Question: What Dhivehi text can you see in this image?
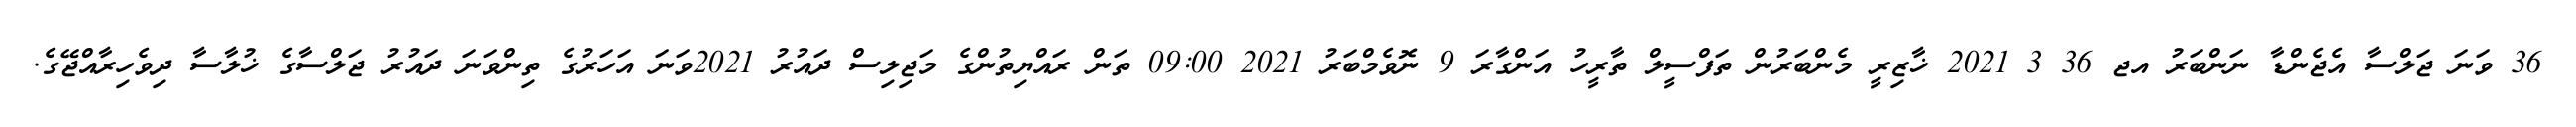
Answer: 36 ވަނަ ޖަލްސާ އެޖެންޑާ ނަންބަރު އޖ 36 3 2021 ޚާޒިރީ މެންބަރުން ތަފްސީލް ތާރީހު އަންގާރަ 9 ނޮވެމްބަރު 2021 09:00 ތަން ރައްޔިތުންގެ މަޖިލިސް ދައުރު 2021ވަނަ އަހަރުގެ ތިންވަނަ ދައުރު ޖަލްސާގެ ޚުލާސާ ދިވެހިރާއްޖޭގެ.